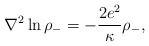
\begin{align*}{\nabla}^2 \ln{{\rho}_-} = - {2e^2 \over \kappa} {\rho}_- ,\end{align*}